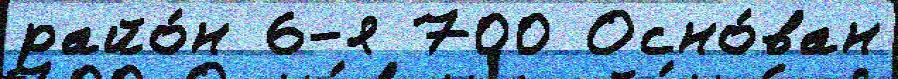
райо́н 6-я 700 Осно́ван